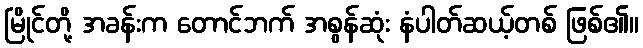
မြိုင်တို့ အခန်းက တောင်ဘက် အစွန်ဆုံး နံပါတ်ဆယ့်တစ် ဖြစ်၏။